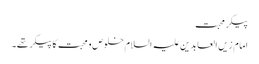
پیکرِ محبت
امام زیں العابدین علیہ السلام خلوص و محبت کا پیکر تھے۔